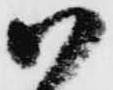
御